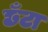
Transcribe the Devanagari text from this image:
छँटा